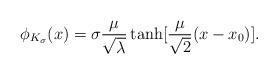
LaTeX: \begin{align*}\phi _{K_{\sigma }}(x)=\sigma \frac{\mu }{\sqrt{\lambda }}\tanh [\frac{\mu }{\sqrt{2}}(x-x_{0})].\end{align*}